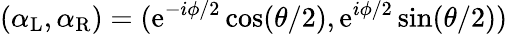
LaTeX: (\alpha_{\mathrm{L}},\alpha_{\mathrm{R}})=(\mathrm{e}^{-i\phi/2}\cos(\theta/2),\mathrm{e}^{i\phi/2}\sin(\theta/2))